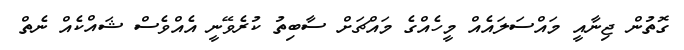
ގޮތުން ޖިނާއީ މައްސަލައެއް މީހެއްގެ މައްޗަށް ސާބިތު ކުރެވޭނީ އެއްވެސް ޝައްކެއް ނެތް